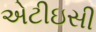
એટીઇસી